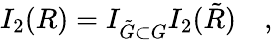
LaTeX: I_{2}(R)=I_{\tilde{G}\subset G}I_{2}(\tilde{R})\quad,